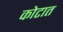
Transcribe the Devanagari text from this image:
कोटात